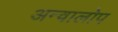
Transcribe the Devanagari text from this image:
अन्वालोप